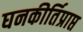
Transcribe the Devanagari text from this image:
घनकीर्तिप्राप्त